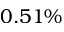
0 . 5 1 \%